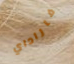
فاراداي